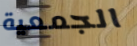
الجمعية